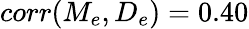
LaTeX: corr(M_{e},D_{e})=0.40